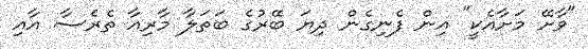
"ވާށޭ މަށާއެކީ" އިން ފެނިގެން ދިޔަ ބޭރުގެ ބަތަލާ މާރިއާ ތެރެސާ އާއި